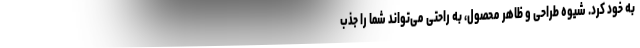
به خود کرد. شیوه طراحی و ظاهر محصول، به راحتی می‌تواند شما را جذب